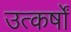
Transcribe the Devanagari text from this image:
उत्कर्षों